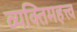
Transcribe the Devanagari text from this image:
व्यक्‍तिमहत्त्व